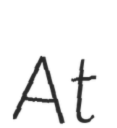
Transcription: At